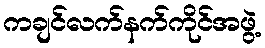
ကချင်လက်နက်ကိုင်အဖွဲ့